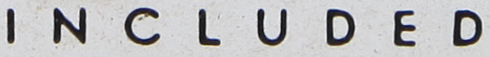
INCLUDED